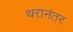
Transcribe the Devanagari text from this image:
थरानंतर